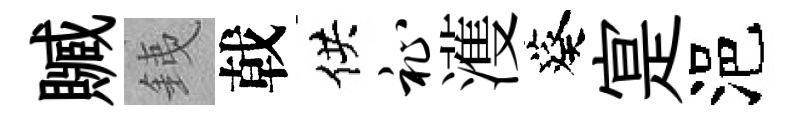
贓銕戟供祉濩葵寔浥